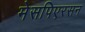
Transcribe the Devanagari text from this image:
मेसपिएरसन